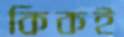
কিকই